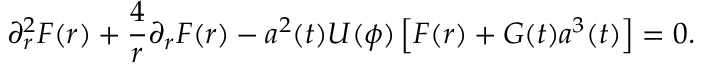
\partial _ { r } ^ { 2 } F ( r ) + \frac 4 { r } \partial _ { r } F ( r ) - a ^ { 2 } ( t ) U ( \phi ) \left[ F ( r ) + G ( t ) a ^ { 3 } ( t ) \right] = 0 .